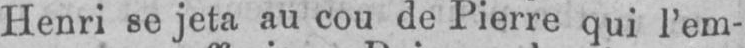
Henri se jeta au cou de Pierre qui l’em-